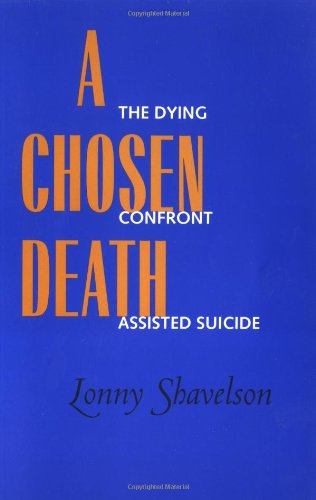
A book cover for A Chosen Death: The Dying Confront Assisted Suicide; Lonny Shavelson; Medical Books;